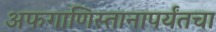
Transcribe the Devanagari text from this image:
अफगाणिस्तानापर्यंतचा